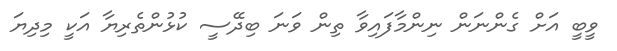
ވީބީ އަށް ގެންނަން ނިންމާފައިވާ ތިން ވަނަ ބިދޭސީ ކުޅުންތެރިޔާ އަކީ މިދިޔަ